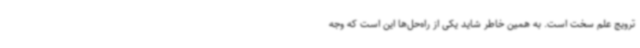
ترویج علم سخت است. به همین خاطر شاید یکی از راه‌حل‌ها این است که وجه